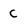
Character: C